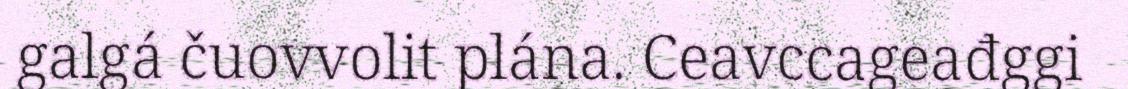
galgá čuovvolit plána. Ceavccageađggi